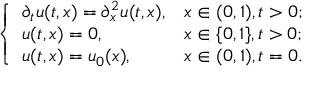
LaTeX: \left\{ \begin{array} { l l } { \partial _ { t } u ( t , x ) = \partial _ { x } ^ { 2 } u ( t , x ) , } & { x \in ( 0 , 1 ) , t > 0 ; } \\ { u ( t , x ) = 0 , } & { x \in \{ 0 , 1 \} , t > 0 ; } \\ { u ( t , x ) = u _ { 0 } ( x ) , } & { x \in ( 0 , 1 ) , t = 0 . } \end{array} \right.